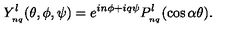
Y _ { _ { n q } } ^ { l } ( \theta , \phi , \psi ) = e ^ { i n \phi + i q \psi } P _ { _ { n q } } ^ { l } ( \cos \alpha \theta ) .